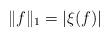
LaTeX: \begin{align*}\|f\|_1=\left|\xi(f)\right|\end{align*}